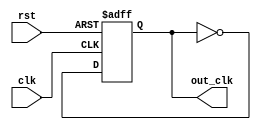
module johnson_counter_clock_divider(
    input wire clk,
    input wire rst,
    output wire out_clk
);

reg [2:0] count;
reg toggle;

always @(posedge clk or posedge rst) begin
    if (rst) begin
        count <= 3'b000;
        toggle <= 0;
    end else begin
        toggle <= !toggle;
        if (toggle) begin
            count <= count + 1;
        end
    end
end

assign out_clk = toggle;

endmodule